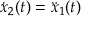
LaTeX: { \dot { x } } _ { 2 } ( t ) = { \ddot { x } } _ { 1 } ( t )